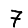
Digit: 7